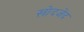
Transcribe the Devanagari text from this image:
ख़ोदजेंद